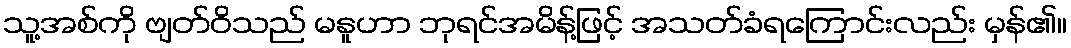
သူ့အစ်ကို ဗျတ်ဝိသည် မနူဟာ ဘုရင်အမိန့်ဖြင့် အသတ်ခံရကြောင်းလည်း မှန်၏။